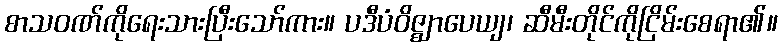
စာသဝဏ်ကိုရေးသားပြီးသော်ကား။ ပဒီပံဝိဇ္ဈာပေယျ၊ ဆီမီးတိုင်ကိုငြိမ်းစေရာ၏။